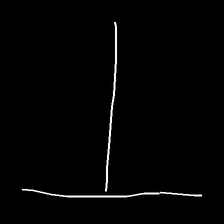
Glyph: column